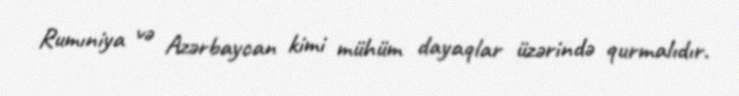
Rumıniya və Azərbaycan kimi mühüm dayaqlar üzərində qurmalıdır.